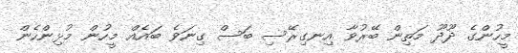
މީހުންގެ ދޫދޫ މަތިން ބޭރުވާ އިނގިރޭސި ބަސް ގިނަވެ ބައެއް މީހުން މުޅިންހެން